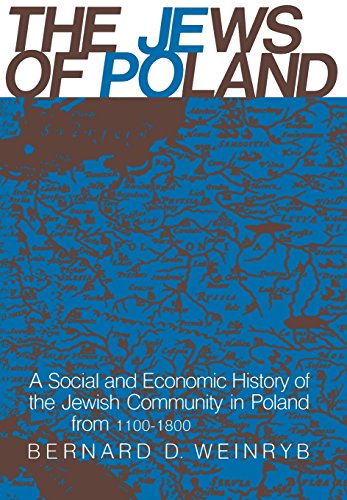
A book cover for The Jews of Poland: A Social and Economic History of the Jewish Community in Poland from 1100 to 1800; Dr. Bernard D. Weinryb; Travel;